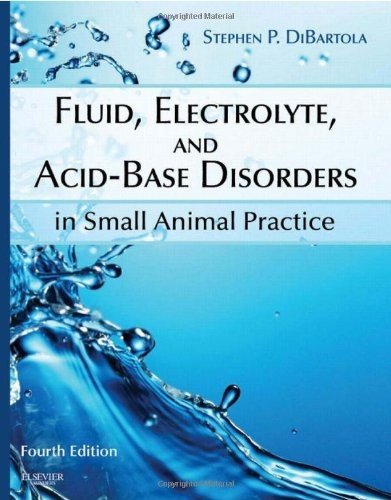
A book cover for Fluid, Electrolyte, and Acid-Base Disorders in Small Animal Practice, 4e (Fluid Therapy In Small Animal Practice); Stephen P. DiBartola DVM  DACVIM; Medical Books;